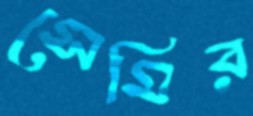
সেমির